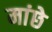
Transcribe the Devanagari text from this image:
मांछे